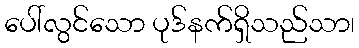
ပေါ်လွင်သော ပုဒ်နက်ရှိသည်သာ၊